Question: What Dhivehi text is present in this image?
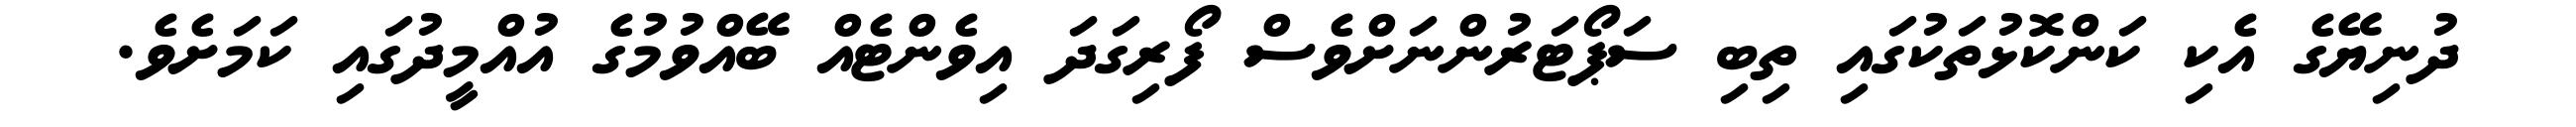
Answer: ދުނިޔޭގެ އެކި ކަންކޮޅުތަކުގައި ތިބި ސަޕޯޓަރުންނަށްވެސް ފޯރިގަދަ އިވެންޓެއް ބޭއްވުމުގެ އުއްމީދުގައި ކަމަށެވެ.